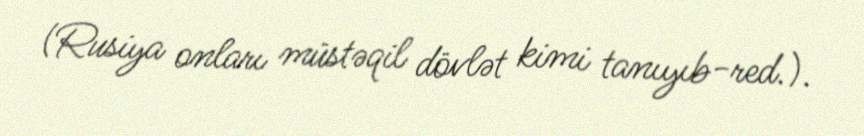
(Rusiya onları müstəqil dövlət kimi tanıyıb-red.).